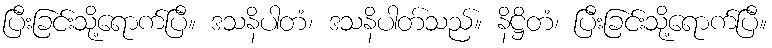
ပြီးခြင်းသို့ရောက်ပြီ။ ဒသနိပါတံ၊ ဒသနိပါတ်သည်။ နိဋ္ဌိတံ၊ ပြီးခြင်းသို့ရောက်ပြီ။